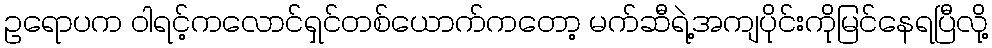
ဥရောပက ဝါရင့်ကလောင်ရှင်တစ်ယောက်ကတော့ မက်ဆီရဲ့အကျပိုင်းကိုမြင်နေရပြီလို့